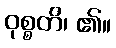
ဝုစ္စတိ၊ ၏။